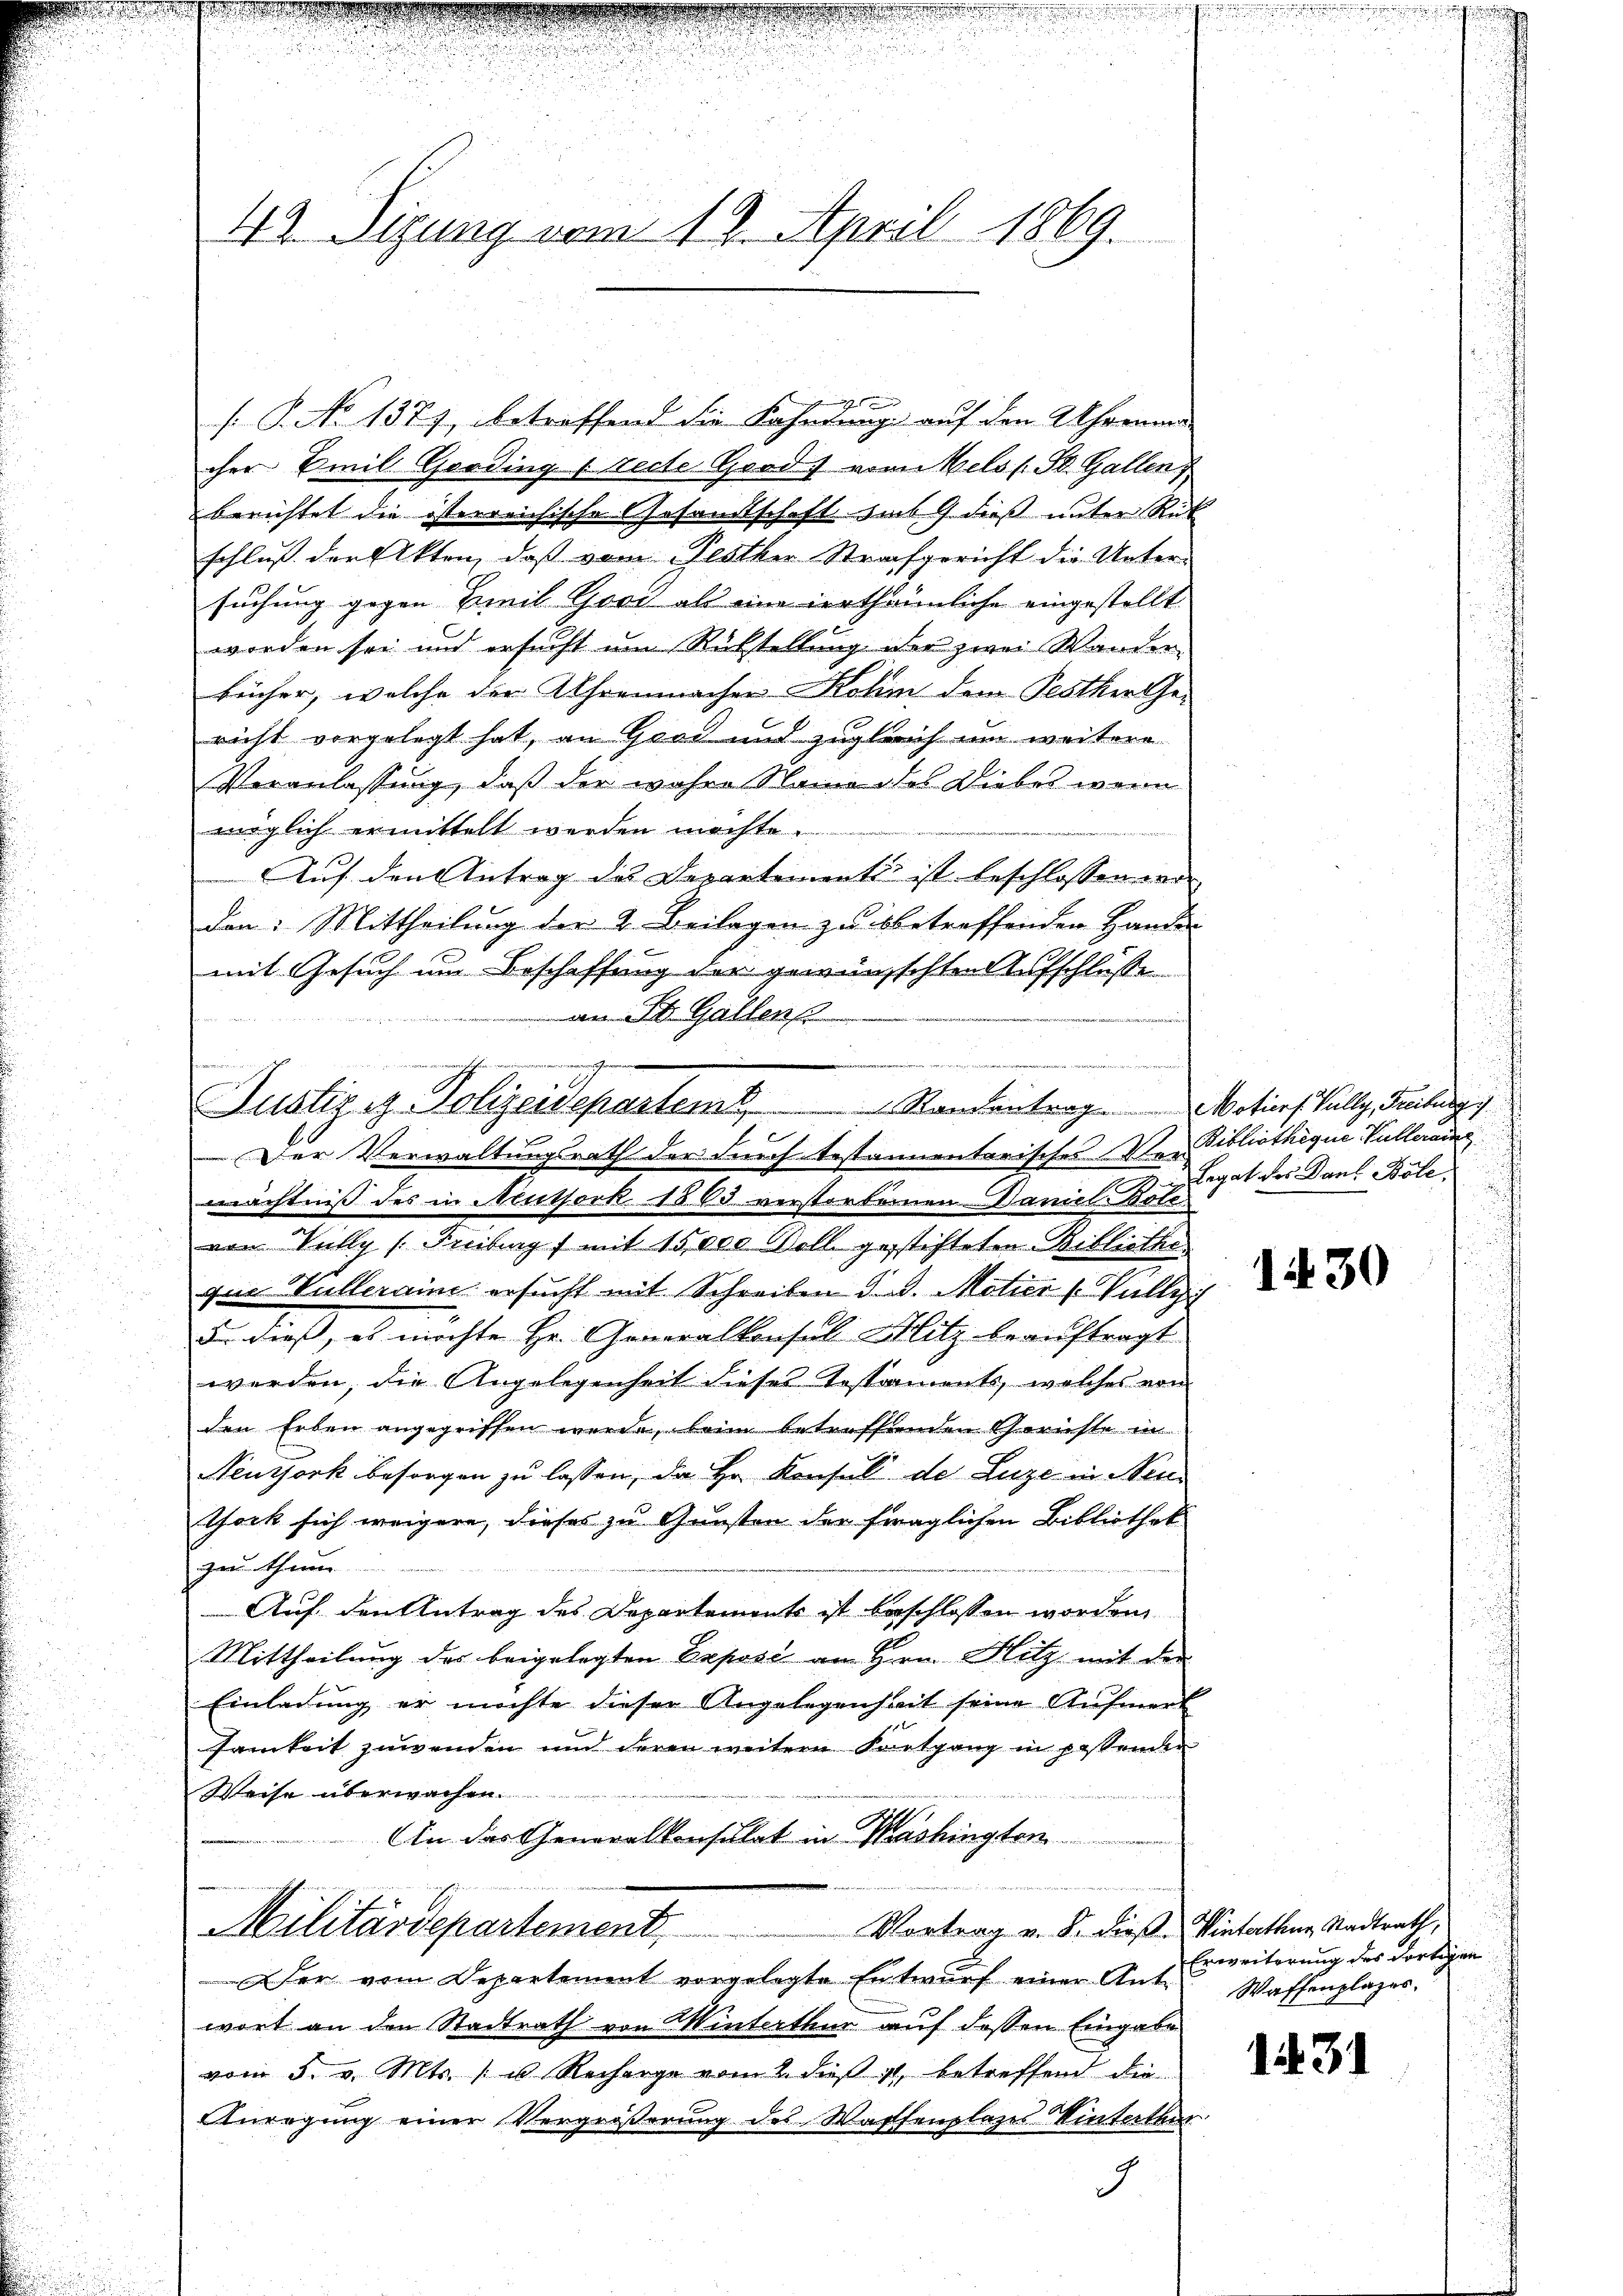
42. Sigung vom 19. April 1869.

x

u
Justiz & Polizeidepartemb. Standentrag Votiers Kully Freibungs
C
Der Verwaltungsrath der durch bestamentarisches Ver-

[.P. No 137), betreffend die Fahndung auf den Uhrenen
cher Emil Grading (recte Grad von Welst St. Gallen
berichtet die österreichische Gesamtschaft sans 9 dieß unter Rüt
schluß der Akten, daß vom Festher Strafgericht die Untersuchung gegen Emil Goor als eine irrtheimliche eingestellt
worden sei und ersucht um Rückstellung der zwei Wander-
bücher, welche der Ahrenmachen Kohin dem Pesther Ge-
richt vorgelegt hat, an Good und zugleich um weitere
Veranlassung, daß der wahre Name des Liebes wenn
möglich ermittelt werden möchte.
Auf den Antrag des Departement ist beschlossen wor
den: Mittheilung der 2. Beilagen zu betreffenden Handen
mit Gesuch um Beschaffung der gewünschten Aufschluße
an St. Gallens

mächtniss des in Neuthork 1863 verstorbenen Daniel-Bote
von Vully (Freiburg f mit 15,000 Voll gestichteten Bibliothe
fie Güllerain ersucht mit Schreiben d. d. Motier (Vully
5. dieß, es möchte Hr. Generalkonsul Mitz beauftragt
werden, die Angelegenheit dieses Testaments, welches von
den Erben angegriffen werde, beim betreffenden Gerichte in
Neuork besorgen zu lassen, da Hr. Konsul de Luze in Neu¬
Tock sich weigere, dieses zu Gunsten der fraglichen Bibliothek
zu thun
Auf den Antrag des Departements ist beschlossen worden,
Mittheilung des beigelegten Exposé am Hrn. Hitz mit der
Einladung er möchte dieser Angelegenheit seine Aufmerk
samkeit zuwenden und deren weitere Fortgang in passenden
Weise überwachen.
An das Generalkonsulat in Washington
d
Vortrag u. 8. dies Vietathene Stadtrath,
Militärdepartement,
Der vom Departement vorgelegte Entwŭrf einer Ant. Waffenplazes.
wort an den Stadtrath von Winterthur auf dessen Eingabe
vom 5. v. Mts. u Recharge vom 2. dieß 1, betreffend die
Anregung einer Vergrößerung des Waffenplazes Winterthur
3

Bibliotheque Pallerandig
Legat des Dank. Bole.

1430

Erweiterung des dortigen

1431